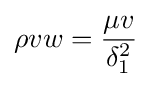
\rho vw={\mu v \over \delta _{1}^{2}}